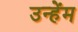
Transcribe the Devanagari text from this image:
उन्हेंम